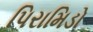
પિરામિડો